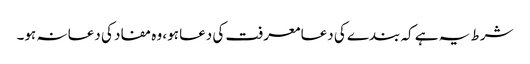
شرط یہ ہے کہ بندے کی دعا معرفت کی دعا ہو، وہ مفاد کی دعا نہ ہو۔